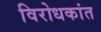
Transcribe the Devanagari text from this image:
विरोधकांत